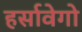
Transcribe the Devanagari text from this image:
हर्सावेगो